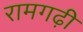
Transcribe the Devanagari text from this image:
रामगढ़ी